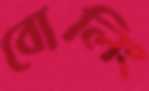
বোলিং